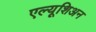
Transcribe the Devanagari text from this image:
एल्यूशिअन